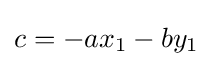
c=-ax_{1}-by_{1}